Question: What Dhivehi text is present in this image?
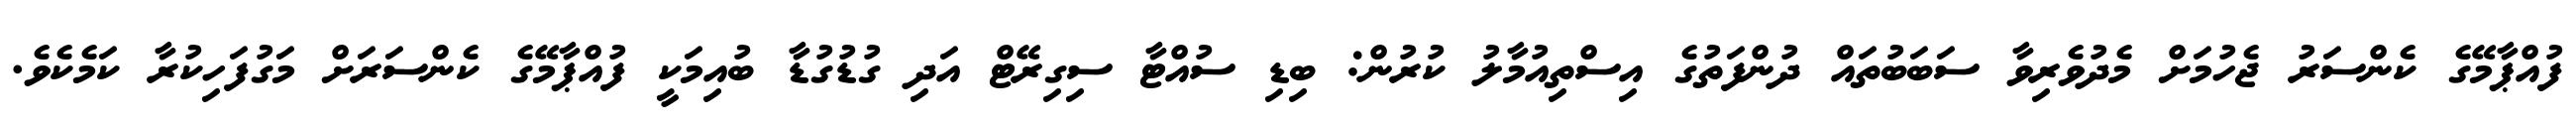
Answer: ފުއްޕާމޭގެ ކެންސަރު ޖެހުމަށް މެދުވެރިވާ ސަބަބުތައް ދުންފަތުގެ އިސްތިއުމާލު ކުރުން: ބިޑި ސުއްޓާ ސިގިރޭޓް އަދި ގުޑުގުޑާ ބުއިމަކީ ފުއްޕާމޭގެ ކެންސަރަށް މަގުފަހިކުރާ ކަމެކެވެ.